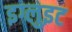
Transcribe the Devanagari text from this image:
इग्लुइट